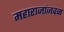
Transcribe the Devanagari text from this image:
महाराजांजवळ